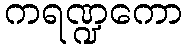
ကရဏ္ဍကော